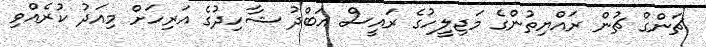
ޗަންގް ޗުން ރައްޔިތުންގެ މަޖިލީހުގެ ރައީސް އަބްދު ޝާހިދުގެ އަރިހަށް މިއަދު ކުރެއްވި